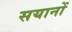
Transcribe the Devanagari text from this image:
सयानों